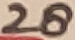
Text: 28